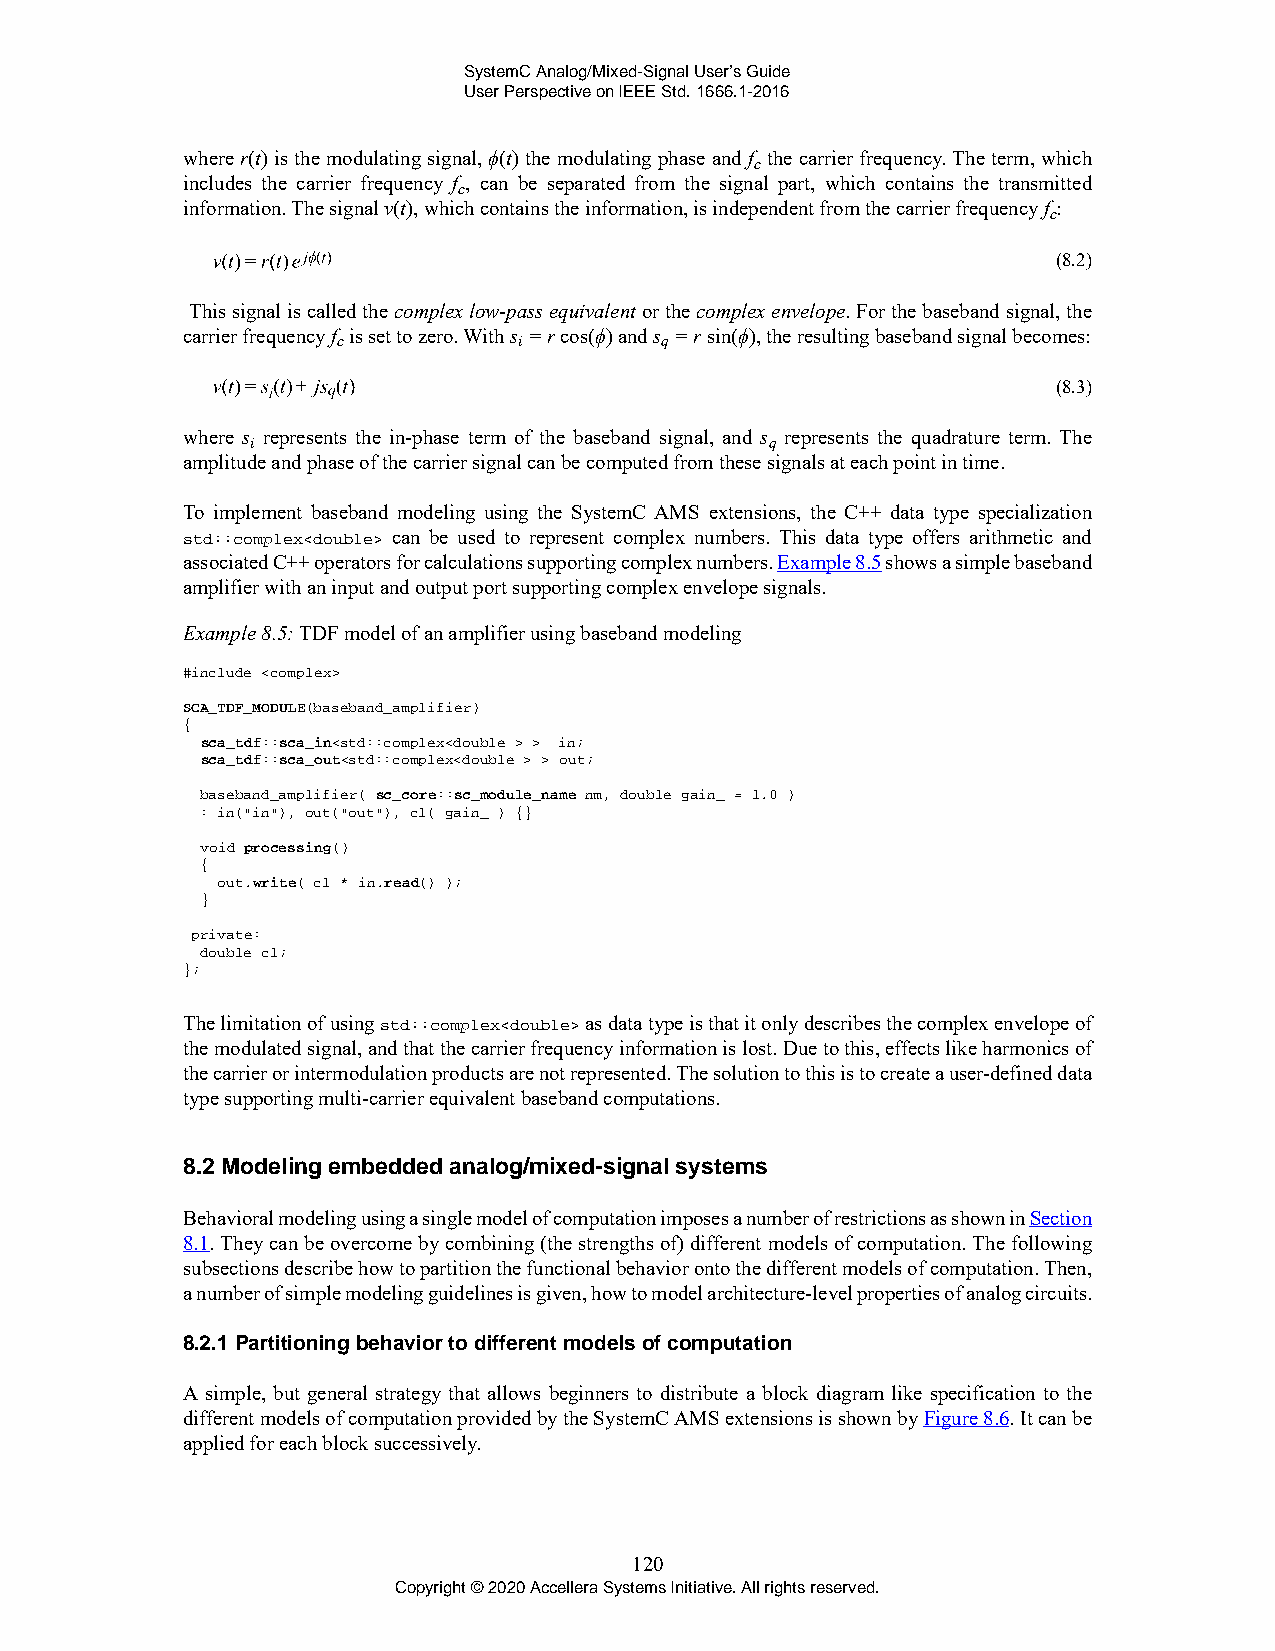
SystemC Analog/Mixed-Signal User’s Guide
 User Perspective on IEEE Std. 1666.1-2016
 where r(t) is the modulating signal, ϕ(t) the modulating phase and f the carrier frequency. The term, which
 c
 includes the carrier frequency f , can be separated from the signal part, which contains the transmitted
 c
 information. The signal v(t), which contains the information, is independent from the carrier frequency f :
 c
 (8.2)
 This signal is called the complex low-pass equivalent or the complex envelope. For the baseband signal, the
 carrier frequency f is set to zero. With s = r cos(ϕ) and s = r sin(ϕ), the resulting baseband signal becomes:
 c           i         q
 (8.3)
 where s represents the in-phase term of the baseband signal, and s represents the quadrature term. The
 i                                 q
 amplitude and phase of the carrier signal can be computed from these signals at each point in time.
 To implement baseband modeling using the SystemC AMS extensions, the C++ data type specialization
 std::complex<double> can be used to represent complex numbers. This data type offers arithmetic and
 associated C++ operators for calculations supporting complex numbers. Example 8.5 shows a simple baseband
 amplifier with an input and output port supporting complex envelope signals.
 Example 8.5: TDF model of an amplifier using baseband modeling
 #include <complex>
 SCA_TDF_MODULE(baseband_amplifier)
 {
 sca_tdf::sca_in<std::complex<double > > in;
 sca_tdf::sca_out<std::complex<double > > out;
 baseband_amplifier( sc_core::sc_module_name nm, double gain_ = 1.0 )
 : in("in"), out("out"), c1( gain_ ) {}
 void processing()
 {
 out.write( c1 * in.read() );
 }
 private:
 double c1;
 };
 The limitation of using std::complex<double> as data type is that it only describes the complex envelope of
 the modulated signal, and that the carrier frequency information is lost. Due to this, effects like harmonics of
 the carrier or intermodulation products are not represented. The solution to this is to create a user-defined data
 type supporting multi-carrier equivalent baseband computations.
 8.2 Modeling embedded analog/mixed-signal systems
 Behavioral modeling using a single model of computation imposes a number of restrictions as shown in Section
 8.1. They can be overcome by combining (the strengths of) different models of computation. The following
 subsections describe how to partition the functional behavior onto the different models of computation. Then,
 a number of simple modeling guidelines is given, how to model architecture-level properties of analog circuits.
 8.2.1 Partitioning behavior to different models of computation
 A simple, but general strategy that allows beginners to distribute a block diagram like specification to the
 different models of computation provided by the SystemC AMS extensions is shown by Figure 8.6. It can be
 applied for each block successively.
 120
 Copyright © 2020 Accellera Systems Initiative. All rights reserved.